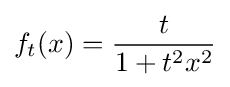
f_{t}(x)={t \over 1+t^{2}x^{2}}